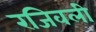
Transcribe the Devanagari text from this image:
रजिवली